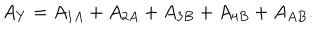
LaTeX: A _ { Y } = A _ { 1 A } + A _ { 2 A } + A _ { 3 B } + A _ { 4 B } + A _ { A B } .